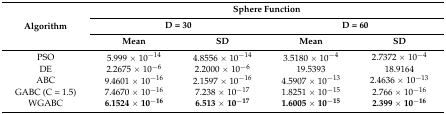
| <ROWSPAN=3> Algorithm | <COLSPAN=4> Sphere Function |
 | <COLSPAN=2> D = 30 | <COLSPAN=2> D = 60 |
 | Mean | SD | Mean | SD |
 | --- | --- | --- | --- | --- |
 | PSO | 5.999 × 10−14 | 4.8556 × 10−14 | 3.5180 × 10−4 | 2.7372 × 10−4 |
 | DE | 2.2675 × 10−6 | 2.2000 × 10−6 | 19.5393 | 18.9164 |
 | ABC | 9.4601 × 10−16 | 2.1597 × 10−16 | 4.5907 × 10−13 | 2.4636 × 10−13 |
 | GABC (C = 1.5) | 7.4670 × 10−16 | 7.238 × 10−17 | 1.8251 × 10−15 | 2.766 × 10−16 |
 | WGABC | 6.1524 × 10−16 | 6.513 × 10−17 | 1.6005 × 10−15 | 2.399 × 10−16 |